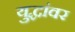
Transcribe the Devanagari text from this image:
युद्धांवर